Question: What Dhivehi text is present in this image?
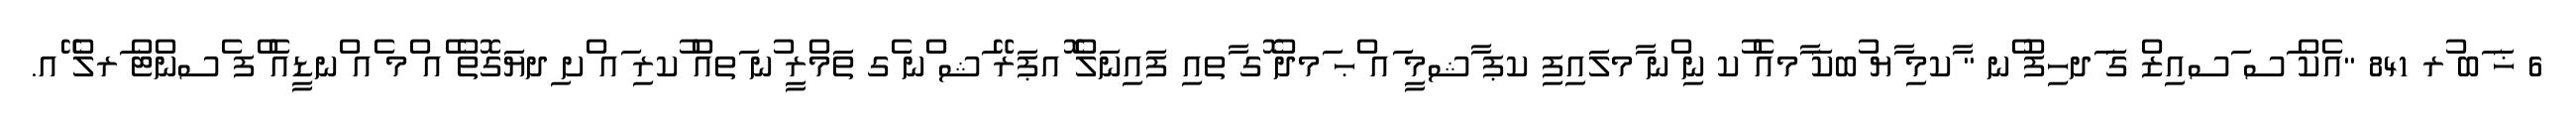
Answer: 6 ޚަ ަބ ުރ 841 "އެކް ަސ ަސއިޒް ގަ ަދހިފު ްނ " ާކމި ާޔ ުބކަ ާމއެ ުކ ނި ްނ ާމލައިފި ކޕ ާޝމީ ައ ްޙ ަމދު ޮގ ާތއި ފައިނަލް ޮއޕަރޭ ަޝ ްނ ެގ ތަމްރީ ުނ ަތއް ުކރި ައ ްށ ިދޔަގޮތް ެއ ްމ ެއ ްނޑީއެ ްފ ެސންޓް ަރލް ޭއ.